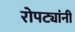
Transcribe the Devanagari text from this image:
रोपट्यांनी